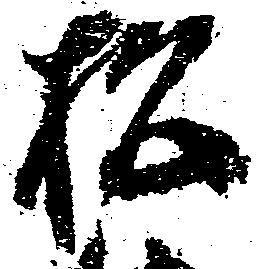
松